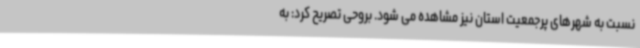
نسبت به شهرهای پرجمعیت استان نیز مشاهده می شود. بروحی تصریح کرد: به